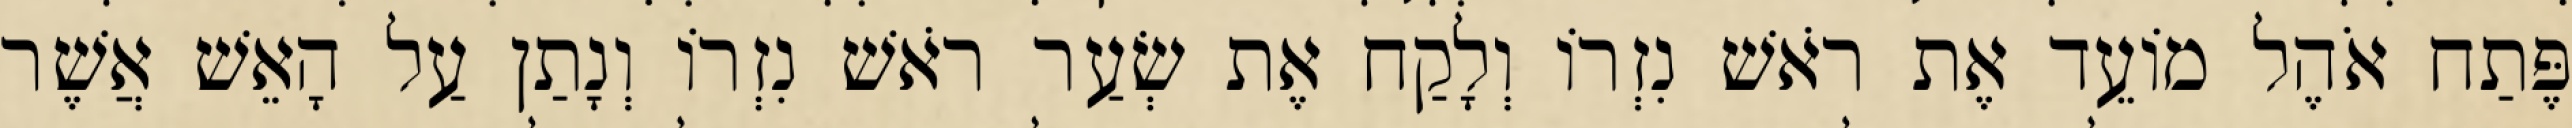
פֶּתַח אֹהֶל מוֹעֵד אֶת רֹאשׁ נִזְרוֹ וְלָקַח אֶת שְׂעַר רֹאשׁ נִזְרוֹ וְנָתַן עַל הָאֵשׁ אֲשֶׁר